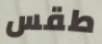
طقس